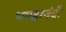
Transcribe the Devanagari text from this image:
भगहानंदी